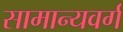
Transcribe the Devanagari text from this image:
सामान्यवर्ग